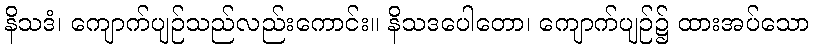
နိသဒံ၊ ကျောက်ပျဉ်သည်လည်းကောင်း။ နိသဒပေါတော၊ ကျောက်ပျဉ်၌ ထားအပ်သော